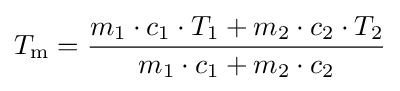
T_{\mathrm {m} }={\frac {m_{1}\cdot c_{1}\cdot T_{1}+m_{2}\cdot c_{2}\cdot T_{2}}{m_{1}\cdot c_{1}+m_{2}\cdot c_{2}}}